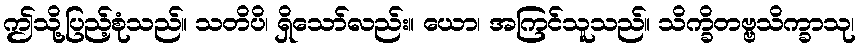
ဤသို့ပြည့်စုံသည်။ သတိပိ၊ ရှိသော်လည်း။ ယော၊ အကြင်သူသည်။ သိက္ခိတဗ္ဗသိက္ခာသု၊